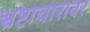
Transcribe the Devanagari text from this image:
भ्रष्टाचारावर